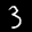
Label: 3